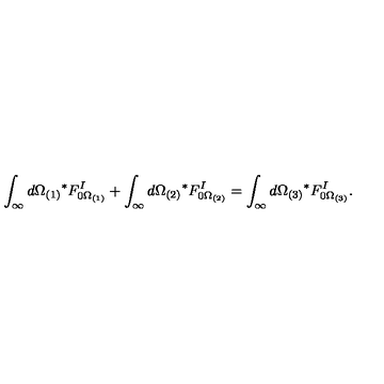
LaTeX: \int _ { \infty } d \Omega _ { ( 1 ) } { } ^ { * } F _ { 0 \Omega _ { ( 1 ) } } ^ { I } + \int _ { \infty } d \Omega _ { ( 2 ) } { } ^ { * } F _ { 0 \Omega _ { ( 2 ) } } ^ { I } = \int _ { \infty } d \Omega _ { ( 3 ) } { } ^ { * } F _ { 0 \Omega _ { ( 3 ) } } ^ { I } .